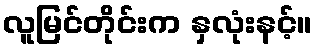
လူမြင်တိုင်းက နှလုံးနင့်။